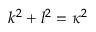
k ^ { 2 } + l ^ { 2 } = \kappa ^ { 2 }